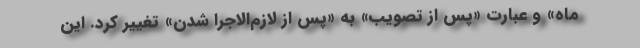
ماه» و عبارت «پس از تصویب» به «پس از لازم‌الاجرا شدن» تغییر کرد. این